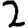
Digit: 2